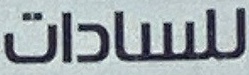
للسادات